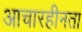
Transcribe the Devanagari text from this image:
आचारहीनता